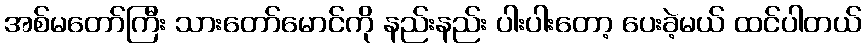
အစ်မတော်ကြီး သားတော်မောင်ကို နည်းနည်း ပါးပါးတော့ ပေးခဲ့မယ် ထင်ပါတယ်